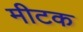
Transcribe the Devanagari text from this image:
मीटक